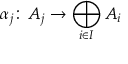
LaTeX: \alpha _ { j } \colon \, A _ { j } \to \bigoplus _ { i \in I } A _ { i }